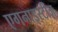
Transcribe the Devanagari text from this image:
एगनाइस्टीज़